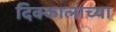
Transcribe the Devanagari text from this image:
दिक्कालाच्या